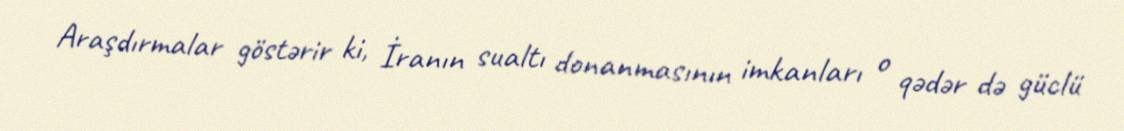
Araşdırmalar göstərir ki, İranın sualtı donanmasının imkanları o qədər də güclü